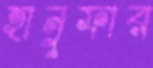
হানুফার